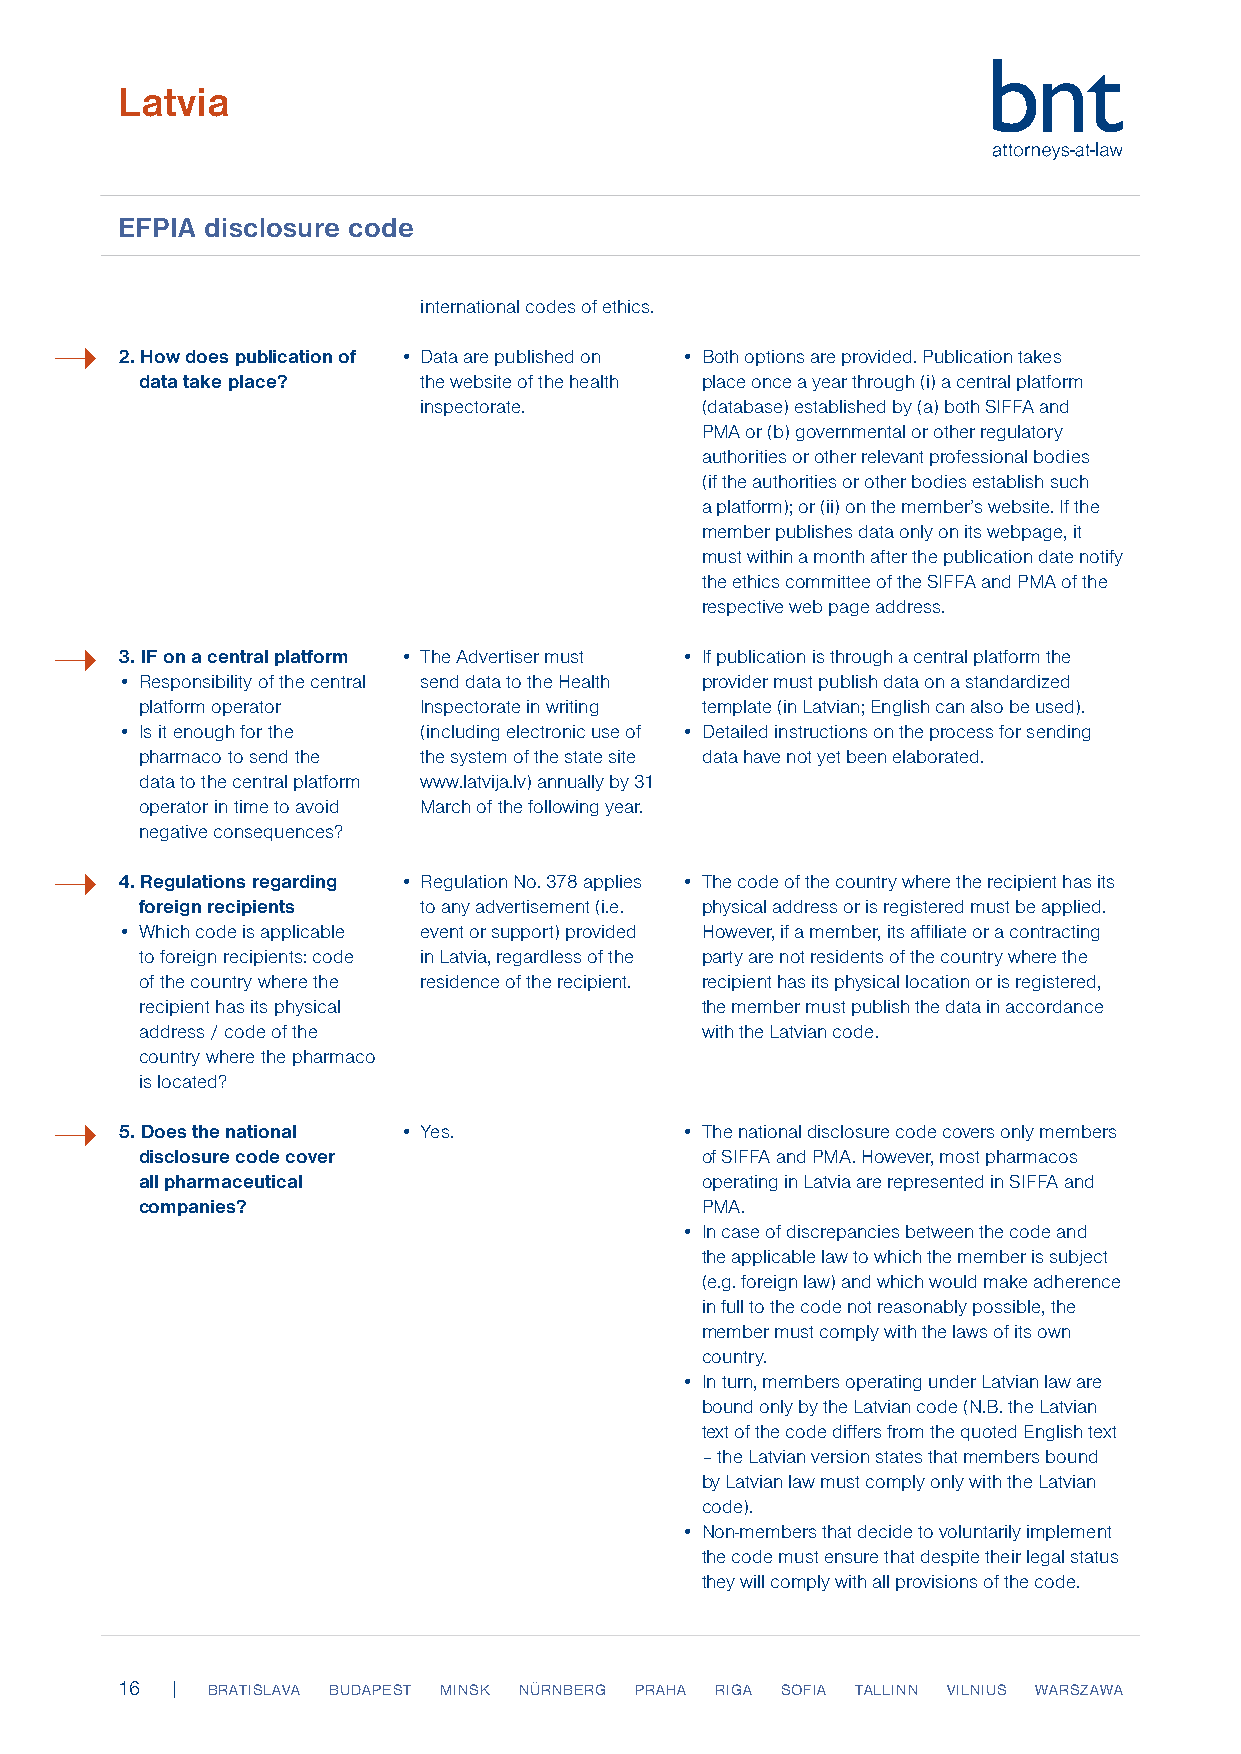
Latvia
 EFPIA disclosure code
 international codes of ethics.
 ➝
 2. How does publication of • Data are published on • Both options are provided. Publication takes
 data take place?   the website of the health place once a year through (i) a central platform
 inspectorate.     (database) established by (a) both SIFFA and
 PMA or (b) governmental or other regulatory
 authorities or other relevant professional bodies
 (if the authorities or other bodies establish such
 a platform); or (ii) on the member’s website. If the
 member publishes data only on its webpage, it
 must within a month after the publication date notify
 the ethics committee of the SIFFA and PMA of the
 respective web page address.
 ➝
 3. IF on a central platform • The Advertiser must • If publication is through a central platform the
 • Responsibility of the central send data to the Health provider must publish data on a standardized
 platform operator  Inspectorate in writing template (in Latvian; English can also be used).
 • Is it enough for the (including electronic use of • Detailed instructions on the process for sending
 pharmaco to send the the system of the state site data have not yet been elaborated.
 data to the central platform www.latvija.lv) annually by 31
 operator in time to avoid March of the following year.
 negative consequences?
 ➝
 4. Regulations regarding • Regulation No. 378 applies • The code of the country where the recipient has its
 foreign recipients to any advertisement (i.e. physical address or is registered must be applied.
 • Which code is applicable event or support) provided However, if a member, its affiliate or a contracting
 to foreign recipients: code in Latvia, regardless of the party are not residents of the country where the
 of the country where the residence of the recipient. recipient has its physical location or is registered,
 recipient has its physical           the member must publish the data in accordance
 address / code of the                with the Latvian code.
 country where the pharmaco
 is located?
 ➝
 5. Does the national • Yes.          • The national disclosure code covers only members
 disclosure code cover                of SIFFA and PMA. However, most pharmacos
 all pharmaceutical                   operating in Latvia are represented in SIFFA and
 companies?                           PMA.
 • In case of discrepancies between the code and
 the applicable law to which the member is subject
 (e.g. foreign law) and which would make adherence
 in full to the code not reasonably possible, the
 member must comply with the laws of its own
 country.
 • In turn, members operating under Latvian law are
 bound only by the Latvian code (N.B. the Latvian
 text of the code differs from the quoted English text
 – the Latvian version states that members bound
 by Latvian law must comply only with the Latvian
 code).
 • Non-members that decide to voluntarily implement
 the code must ensure that despite their legal status
 they will comply with all provisions of the code.
 16 |  BRATISLAVA BUDAPEST MINSK NÜRNBERG PRAHA RIGA SOFIA TALLINN VILNIUS WARSZAWA